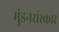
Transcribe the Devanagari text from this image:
मुंडनसंस्कार